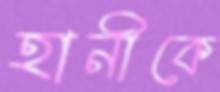
হানীকে